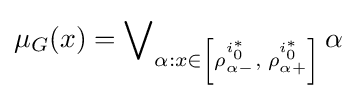
\mu _{G}(x)=\operatorname {\bigvee } \limits _{\alpha :x\in \left[{\rho _{\alpha -}^{i_{0}^{\ast }},\;\rho _{\alpha +}^{i_{0}^{\ast }}}\right]}\alpha